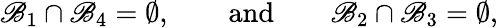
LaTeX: \mathscr{B}_{1}\cap\mathscr{B}_{4}=\emptyset,\qquad\mathrm{{and}}\qquad\mathscr{B}_{2}\cap\mathscr{B}_{3}=\emptyset,